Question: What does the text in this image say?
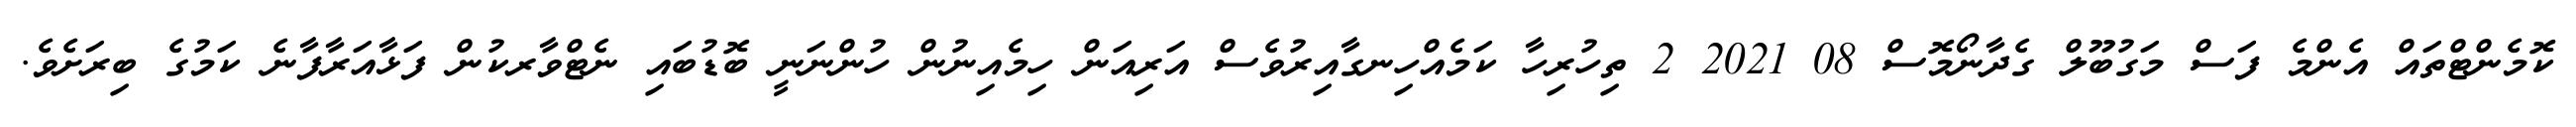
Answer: ކޮމެންޓްތައް އެންމެ ފަސް މަގުބޫލް ގެދާނޯމޮސް 08 2021 2 ތިހުރިހާ ކަމެއްހިނގާއިރުވެސް އަރިއަން ހިމެއިނުން ހުންނަނީ ބޮޑުބައި ނެޓްވާރކުން ފަޅާއަރާފާނެ ކަމުގެ ބިރަށެވެ.